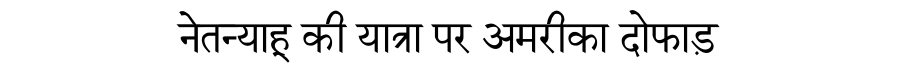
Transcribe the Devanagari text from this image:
नेतन्याहू की यात्रा पर अमरीका दोफाड़